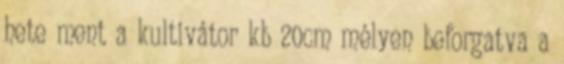
hete ment a kultivátor kb 20cm mélyen beforgatva a